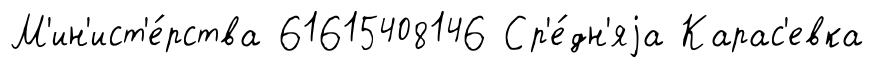
М'ин'ист'е́рства 61615408146 Ср'е́дн'яjа Карас'евка